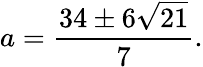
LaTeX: a={\frac{34\pm 6{\sqrt{21}}}{7}}.